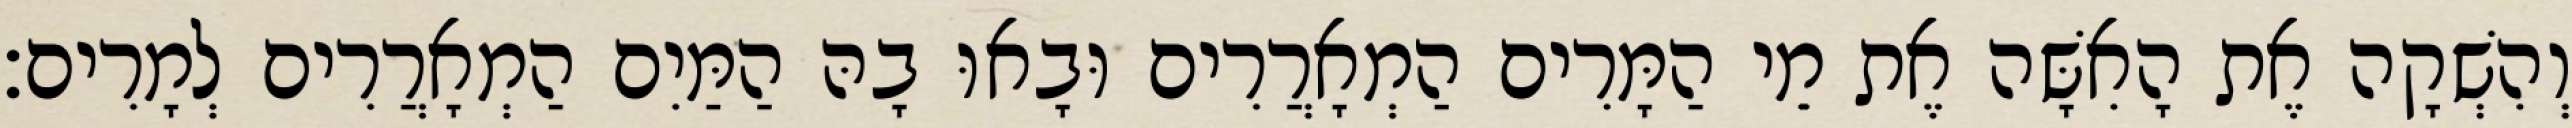
וְהִשְׁקָה אֶת הָאִשָּׁה אֶת מֵי הַמָּרִים הַמְאָרֲרִים וּבָאוּ בָהּ הַמַּיִם הַמְאָרֲרִים לְמָרִים׃